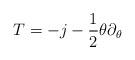
LaTeX: \begin{align*}T = - j - {1 \over 2} \theta \partial_{\theta}\end{align*}